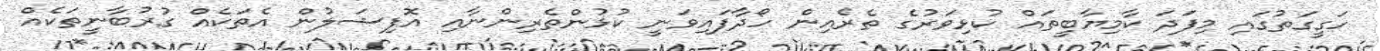
ހަގީގަތުގައި މިފަދަ ކާމިޔާބީތައް ކުޅިވަރުގެ ތެރެއިން ހޯދާފައިވަނީ ކުޅުންތެރިންނާއި އޮފިޝަލުން އެތަކެއް ގުރުބާނީތަކެއް